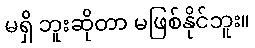
မရှိ ဘူးဆိုတာ မဖြစ်နိုင်ဘူး။